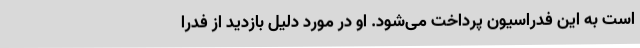
است به این فدراسیون پرداخت می‌شود. او در مورد دلیل بازدید از فدرا